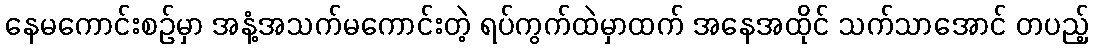
နေမကောင်းစဉ်မှာ အနံ့အသက်မကောင်းတဲ့ ရပ်ကွက်ထဲမှာထက် အနေအထိုင် သက်သာအောင် တပည့်